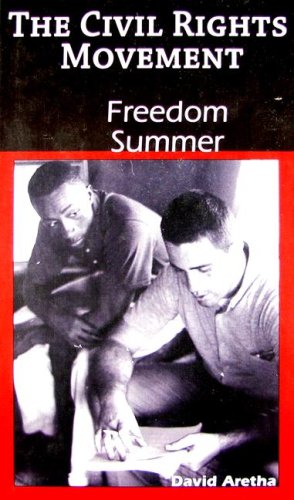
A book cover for Freedom Summer (The Civil Rights Movement); David Aretha; Teen & Young Adult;